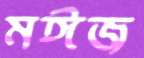
মঈজ